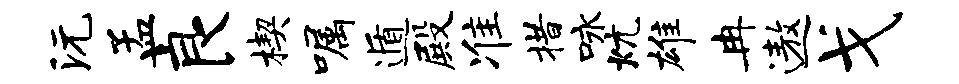
沅孟良楔嘱遁殿准措咏炕雄冉遨戈